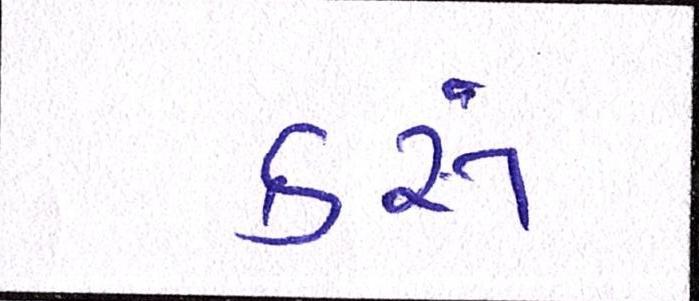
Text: કરૂં